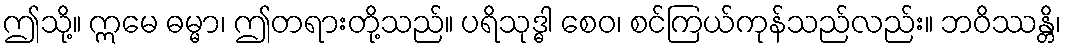
ဤသို့။ ဣမေ ဓမ္မာ၊ ဤတရားတို့သည်။ ပရိသုဒ္ဓါ စေဝ၊ စင်ကြယ်ကုန်သည်လည်း။ ဘဝိဿန္တိ၊